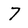
Character: 7